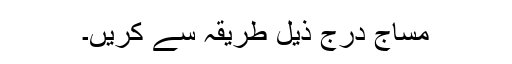
مساج درج ذیل طریقہ سے کریں۔